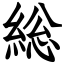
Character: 総